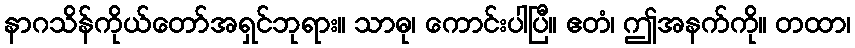
နာဂသိန်ကိုယ်တော်အရှင်ဘုရား။ သာဓု၊ ကောင်းပါပြီ။ ဧတံ၊ ဤအနက်ကို။ တထာ၊